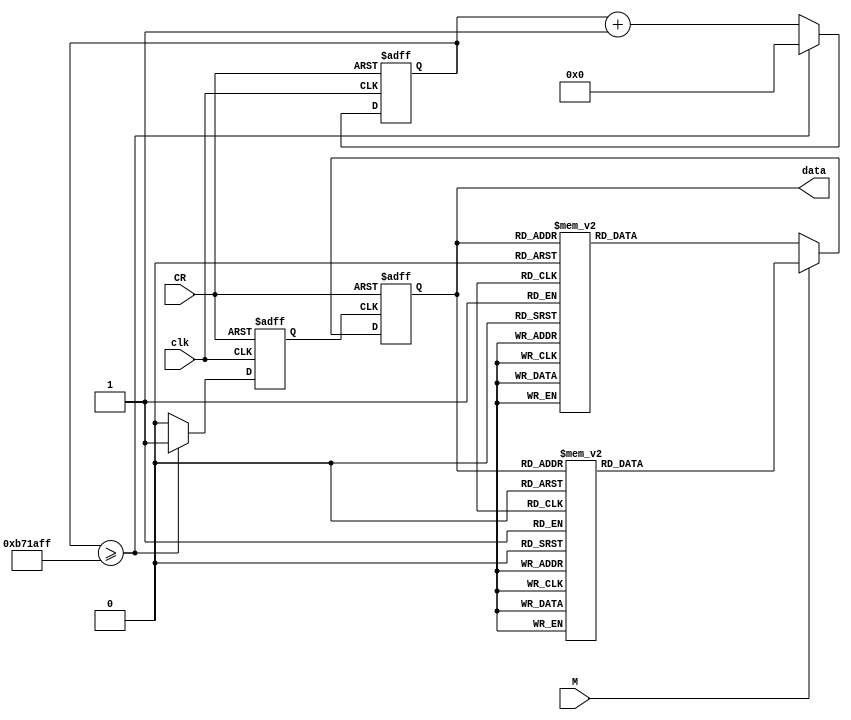
module state_convert (
  input clk,
  input CR,
  input M,

  output reg [2:0] data 
);
// 12MHz

parameter [23:0] CLOCK = 24'd12000000;
reg [23:0] timer;
reg signal;

always @(posedge clk or posedge CR) begin
    if (CR) begin
        timer <= 0;
        signal <= 0;
    end else if (timer >= CLOCK - 1) begin
        timer <= 0;
        signal <= 1; 
    end else begin
        timer <= timer + 1;
        signal <= 0;
    end 
end

always @(posedge CR or posedge signal) begin 
    if (CR) begin
        data <= 3'b111;
    end else begin
        if (M == 1) begin
            case (data)
                3'b000: data <= 3'b110;
                3'b001: data <= 3'b011;
                3'b010: data <= 3'b110;
                3'b011: data <= 3'b010;
                3'b100: data <= 3'b101;
                3'b101: data <= 3'b001;
                3'b110: data <= 3'b100;
                3'b111: data <= 3'b000;
            endcase
        end else if (M == 0) begin
            case (data)
                3'b000: data <= 3'b110;
                3'b001: data <= 3'b101;
                3'b010: data <= 3'b011;
                3'b011: data <= 3'b001;
                3'b100: data <= 3'b110;
                3'b101: data <= 3'b100;
                3'b110: data <= 3'b010;
                3'b111: data <= 3'b000;
            endcase
        end
    end
end

endmodule